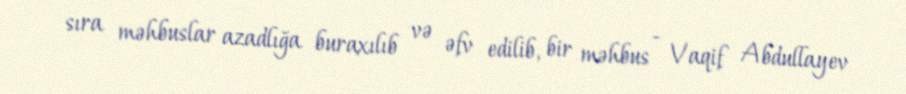
sıra məhbuslar azadlığa buraxılıb və əfv edilib, bir məhbus - Vaqif Abdullayev